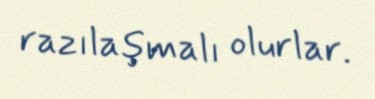
razılaşmalı olurlar.